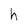
Character: h